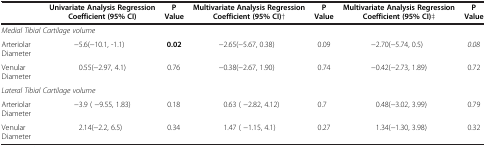
<table><thead><tr><td><b> </b></td><td><b>Univariate Analysis Regression Coefficient (95% CI)</b></td><td><b>P Value</b></td><td><b>Multivariate Analysis Regression Coefficient (95% CI)†</b></td><td><b>P Value</b></td><td><b>Multivariate Analysis Regression Coefficient (95% CI)‡</b></td><td><b>P Value</b></td></tr></thead><tbody><tr><td colspan="2"><i>Medial Tibial Cartilage volume</i></td><td> </td><td> </td><td> </td><td> </td><td> </td></tr><tr><td>Arteriolar Diameter</td><td>−5.6(−10.1, -1.1)</td><td><b>0.02</b></td><td>−2.65(−5.67, 0.38)</td><td>0.09</td><td>−2.70(−5.74, 0.5)</td><td><i>0</i>.<i>08</i></td></tr><tr><td>Venular Diameter</td><td>0.55(−2.97, 4.1)</td><td>0.76</td><td>−0.38(−2.67, 1.90)</td><td>0.74</td><td>−0.42(−2.73, 1.89)</td><td>0.72</td></tr><tr><td colspan="2"><i>Lateral Tibial Cartilage volume</i></td><td> </td><td> </td><td> </td><td> </td><td> </td></tr><tr><td>Arteriolar Diameter</td><td>−3.9 ( −9.55, 1.83)</td><td>0.18</td><td>0.63 ( −2.82, 4.12)</td><td>0.7</td><td>0.48(−3.02, 3.99)</td><td>0.79</td></tr><tr><td>Venular Diameter</td><td>2.14(−2.2, 6.5)</td><td>0.34</td><td>1.47 ( −1.15, 4.1)</td><td>0.27</td><td>1.34(−1.30, 3.98)</td><td>0.32</td></tr></tbody></table>